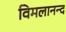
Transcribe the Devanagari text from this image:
विमलानन्द